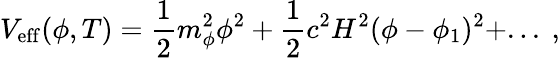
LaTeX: V_{\mathrm{eff}}(\phi,T)=\frac{1}{2}m_{\phi}^{2}\phi^{2}+\frac{1}{2}c^{2}H^{2}(\phi-\phi_{1})^{2}+...\ ,